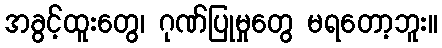
အခွင့်ထူးတွေ၊ ဂုဏ်ပြုမှုတွေ မရတော့ဘူး။